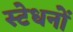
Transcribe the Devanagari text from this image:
स्टेधनों